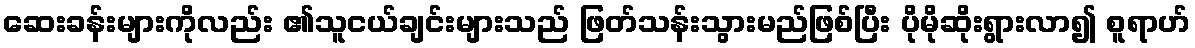
ဆေးခန်းများကိုလည်း ၏သူငယ်ချင်းများသည် ဖြတ်သန်းသွားမည်ဖြစ်ပြီး ပိုမိုဆိုးရွားလာ၍ စူရာဟ်